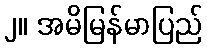
၂။ အမိမြန်မာပြည်